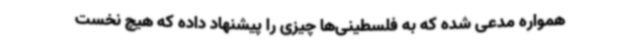
همواره مدعی شده که به فلسطینی‌ها چیزی را پیشنهاد داده که هیچ نخست